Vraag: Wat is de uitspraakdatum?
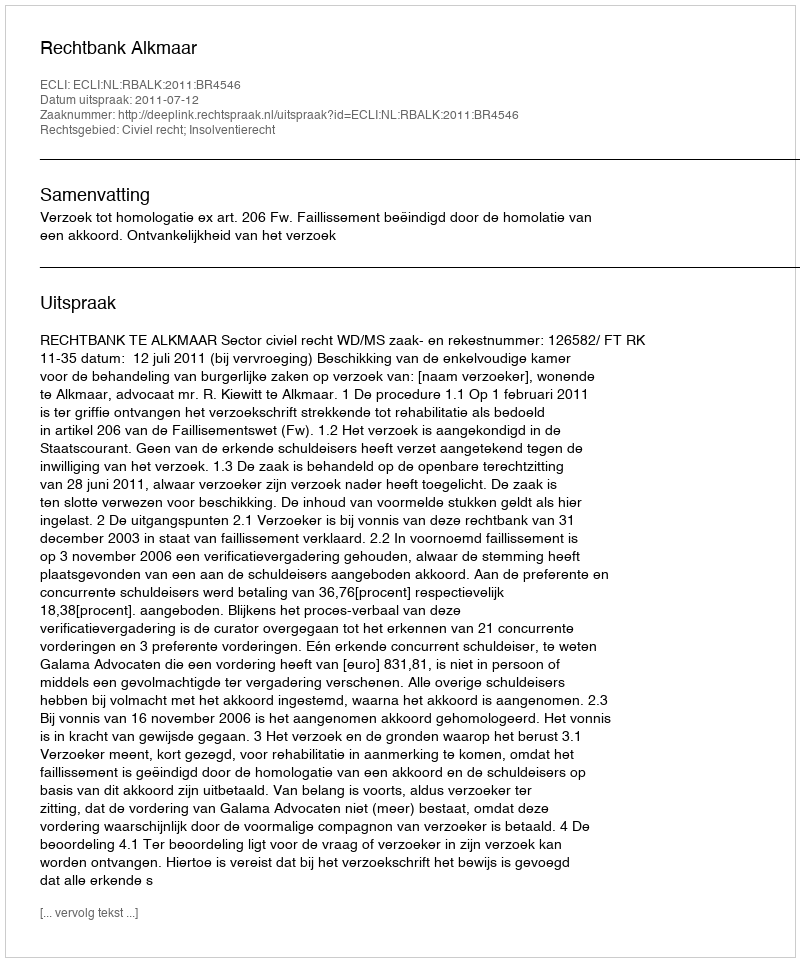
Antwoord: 2011-07-12